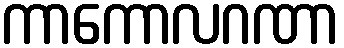
ကာကောလဂဏာ